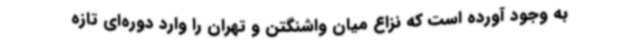
به وجود آورده است که نزاع میان واشنگتن و تهران را وارد دوره‌ای تازه